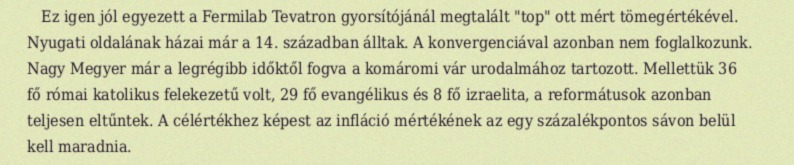
Ez igen jól egyezett a Fermilab Tevatron gyorsítójánál megtalált "top" ott mért tömegértékével. Nyugati oldalának házai már a 14. században álltak. A konvergenciával azonban nem foglalkozunk. Nagy Megyer már a legrégibb időktől fogva a komáromi vár urodalmához tartozott. Mellettük 36 fő római katolikus felekezetű volt, 29 fő evangélikus és 8 fő izraelita, a reformátusok azonban teljesen eltűntek. A célértékhez képest az infláció mértékének az egy százalékpontos sávon belül kell maradnia.